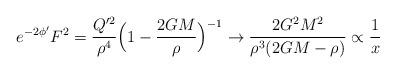
LaTeX: \begin{align*}e^{-2\phi'} F^2 = \frac{Q'^2}{\rho^4} \Bigl(1 - \frac{2GM}{\rho}\Bigr)^{-1}\rightarrow \frac{2G^2M^2}{\rho^3(2GM - \rho)} \propto \frac{1}{x}\end{align*}